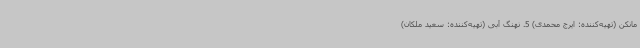
مانکن (تهیه‌کننده: ایرج محمدی) 5. نهنگ آبی (تهیه‌کننده: سعید ملکان)